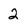
Character: 2